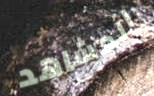
المشاهد